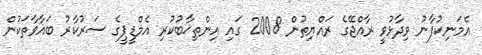
އެމަނިކުފާނު ވިދާޅުވީ ރާއްޖޭގެ ރައްޔިތުން 2008 ގައި އިންތިޚާބުކުރި އެމްޑީޕީގެ ސަރުކާރު ބަޣާވާތަކުން